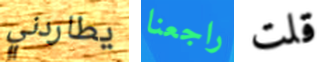
يطاردني راجعنا قلت